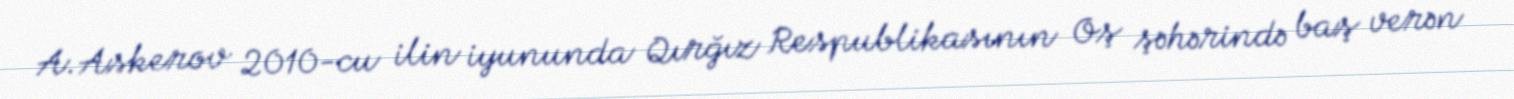
A.Askerov 2010-cu ilin iyununda Qırğız Respublikasının Oş şəhərində baş verən